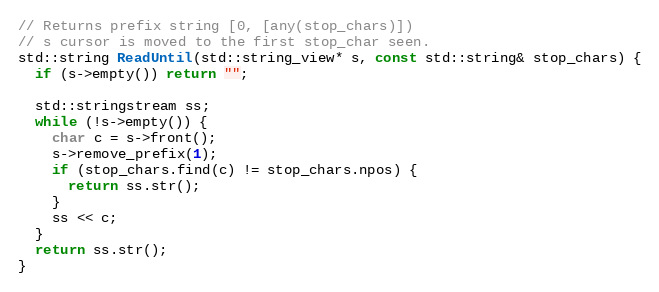
Language: C++
// Returns prefix string [0, [any(stop_chars)])
// s cursor is moved to the first stop_char seen.
std::string ReadUntil(std::string_view* s, const std::string& stop_chars) {
  if (s->empty()) return "";

  std::stringstream ss;
  while (!s->empty()) {
    char c = s->front();
    s->remove_prefix(1);
    if (stop_chars.find(c) != stop_chars.npos) {
      return ss.str();
    }
    ss << c;
  }
  return ss.str();
}